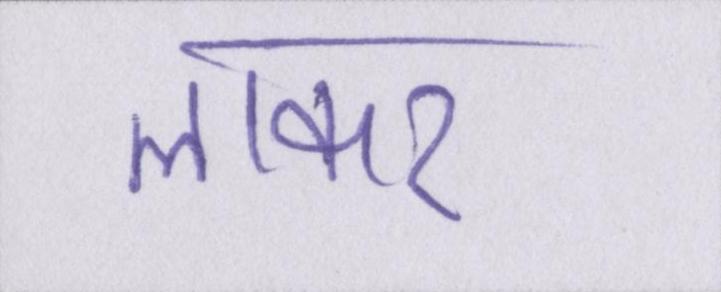
लाकर